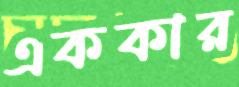
এককার